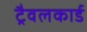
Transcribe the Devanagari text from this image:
ट्रैवलकार्ड